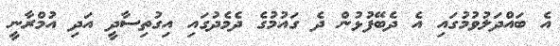
އެ ބައްދަލުވުމުގައި އެ ދެބޭފުޅުން ދެ ގައުމުގެ ދެމެދުގައި އިގުތިސާދީ އަދި އުމްރާނީ